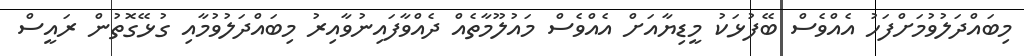
މިބައްދަލުވުމަށްފަހު އެއްވެސް ބޭފުޅަކު މީޑިޔާއަށް އެއްވެސް މައުލޫމާތެއް ދެއްވާފައިނުވާއިރު މިބައްދަލުވުމާއި ގުޅޭގޮތުން ރައީސް